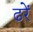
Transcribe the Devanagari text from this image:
ढरें